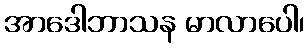
အာဒေါဘာသန မာလာပေါ၊